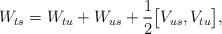
LaTeX: \begin{align*} W_{ts} = W_{tu} + W_{us} + \frac12\big[V_{us},V_{tu}\big],\end{align*}